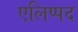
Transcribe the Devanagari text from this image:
एलिप्पद